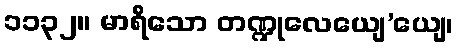
၁၁၃၂။ မာရိသော တဏ္ဍုလေယျေ’ယျေ၊